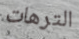
الترهات